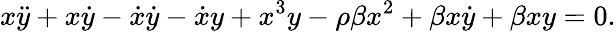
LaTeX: x\ddot{y}+x\dot{y}-\dot{x}\dot{y}-\dot{x}y+x^{3}y-\rho\beta x^{2}+\beta x\dot{y}+\beta xy=0.